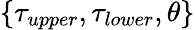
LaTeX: \{ \tau_{upper},\tau_{lower},\theta\}